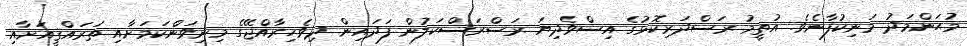
މުޙަންމަދު މަނިކުފާނެވެ. އުތީމު ރަސްދަރިކޮޅުގެ އިސްވެދިޔަ ރަސްރަސްކަލުން ފަދައިން ދިވެހިރާއްޖޭގެ މިނިވަންކަމަށާއި ތަރައްޤީއަށާއި